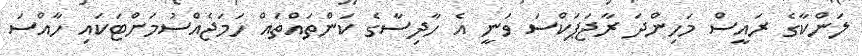
ލަންކާގެ ރައީސް މަހިންދަ ރާޖަޕަކްސަ ވަނީ އެ ހާދިސާގެ ކަންތައްތައް ހަމަޖެއްސުމަށްޓަކައި ހާއްސަ